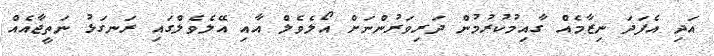
އަދި އެފަދަ ނިޒާމެއް ގާއިމުކުރުމުން ދަރިވަރުންނަށް އޯލެވެލް އާއި އޭލެވެލްގައި ރަނގަޅު ނަތީޖާއެއް